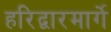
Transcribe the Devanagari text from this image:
हरिद्वारमार्गे